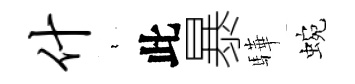
什裊此暴驊蜿